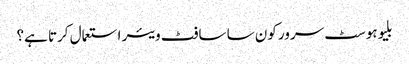
بلیوہوسٹ سرور کون سا سافٹ ویئر استعمال کرتا ہے؟